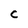
Character: c